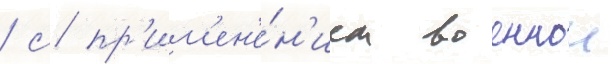
/ с пр'им'ен'е́н'ием военнои